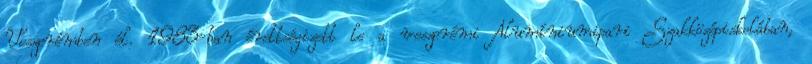
Veszprémben él. 1983-ban érettségizett le a veszprémi Alumíniumipari Szakközépiskolában,